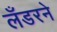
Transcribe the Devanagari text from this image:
लँडरने